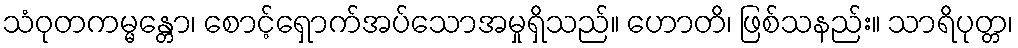
သံဝုတကမ္မန္တော၊ စောင့်ရှောက်အပ်သောအမှုရှိသည်။ ဟောတိ၊ ဖြစ်သနည်း။ သာရိပုတ္တ၊